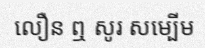
លឿន ឮ សូរ សម្បើម